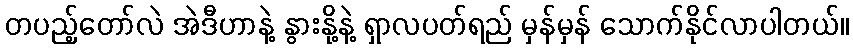
တပည့်တော်လဲ အဲဒီဟာနဲ့ နွားနို့နဲ့ ရှာလပတ်ရည် မှန်မှန် သောက်နိုင်လာပါတယ်။